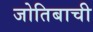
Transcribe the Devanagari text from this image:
जोतिबाची